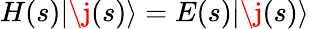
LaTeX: H(s)\lvert\j(s)\rangle=E(s)\lvert\j(s)\rangle